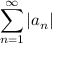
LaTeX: \sum _ { n = 1 } ^ { \infty } \left\vert a _ { n } \right\vert